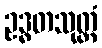
ဥဒ္ဓတသုတ္တံ